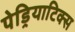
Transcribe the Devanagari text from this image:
पेड्रियाटिक्स